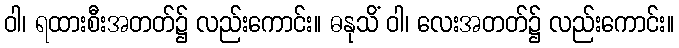
ဝါ၊ ရထားစီးအတတ်၌ လည်းကောင်း။ ဓနုသိံ ဝါ၊ လေးအတတ်၌ လည်းကောင်း။